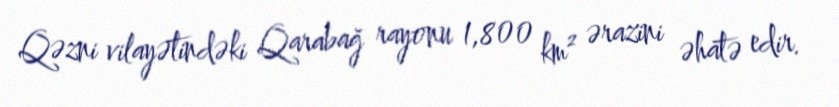
Qəzni vilayətindəki Qarabağ rayonu 1,800 km² ərazini əhatə edir.